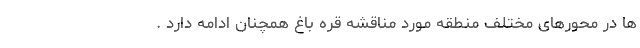
ها در محورهای مختلف منطقه مورد مناقشه قره باغ همچنان ادامه دارد .